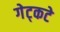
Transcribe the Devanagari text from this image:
गेट्कटे